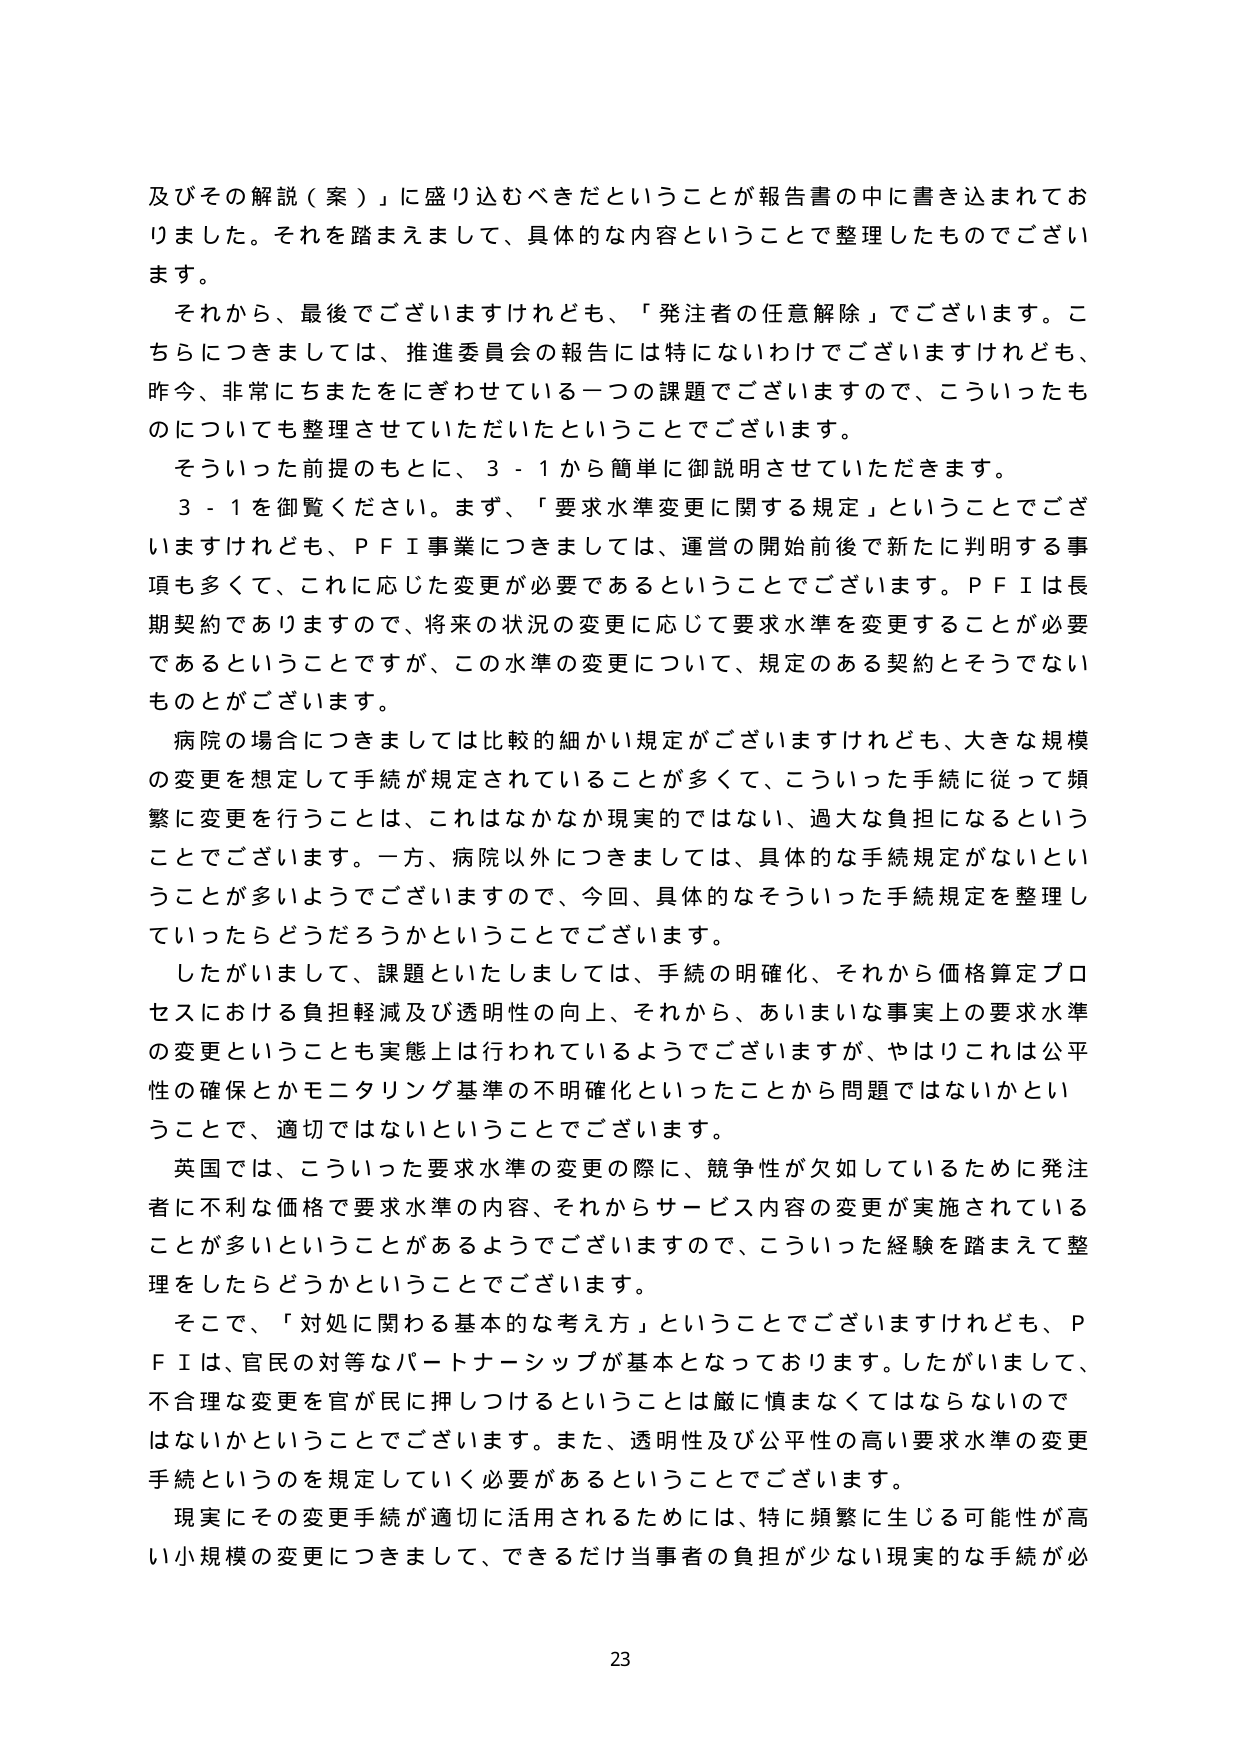
及びその解説（案）」に盛り込むべきだということが報告書の中に書き込まれておりました。それを踏まえまして、具体的な内容ということで整理したものでございます。

それから、最後でございますけれども、「発注者の任意解除」でございます。こちらにつきましては、推進委員会の報告には特にないわけでございますけれども、昨今、非常にちまたをにぎわせている一つの課題でございますので、こういったものについても整理させていただいたということでございます。

そういった前提のもとに、3－1から簡単に御説明させていただきます。

3－1を御覧ください。まず、「要求水準変更に関する規定」ということでございますけれども、ＰＦＩ事業につきましては、運営の開始前後で新たに判明する事項も多くて、これに応じた変更が必要であるということでございます。ＰＦＩは長期契約でありますので、将来の状況の変更に応じて要求水準を変更することが必要であるということですが、この水準の変更について、規定のある契約とそうでないものとがございます。

病院の場合につきましては比較的細かい規定がございますけれども、大きな規模の変更を想定して手続が規定されていることが多くて、こういった手続に従って頻繁に変更を行うことは、これはなかなか現実的ではない、過大な負担になるということでございます。一方、病院以外につきましては、具体的な手続規定がないということが多いうようでございますので、今回、具体的なそういった手続規定を整理していったらどうだろうかということでございます。

したがいまして、課題といたしましては、手続の明確化、それから価格算定プロセスにおける負担軽減及び透明性の向上、それから、あいまいな事実上の要求水準の変更ということも実態上は行われているようでございますが、やはりこれは公平性の確保とかモニタリング基準の不明確化といったことから問題ではないかということで、適切ではないということでございます。

英国では、こういった要求水準の変更の際に、競争性が欠如しているために発注者に不利な価格で要求水準の内容、それからサービス内容の変更が実施されていることが多いということがあるようでございますので、こういった経験を踏まえて整理をしたらどうかということでございます。

そこで、「対処に関する基本的な考え方」ということでございますけれども、ＰＦＩは、官民の対等なパートナーシップが基本となっております。したがいまして、不合理な変更を官が民に押しつけるということは厳に慎まなくてはならないのではないかということでございます。また、透明性及び公平性の高い要求水準の変更手続というものを規定していく必要があるということでございます。

現実にその変更手続が適切に活用されるためには、特に頻繁に生じる可能性が高い小規模の変更につきまして、できるだけ当事者の負担が少ない現実的な手続が必

23